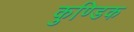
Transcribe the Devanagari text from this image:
कुण्डिक